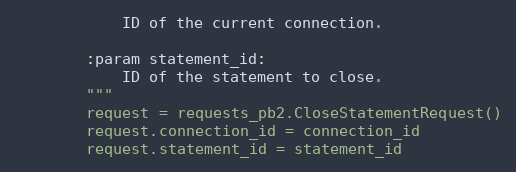
Language: Python
            ID of the current connection.

        :param statement_id:
            ID of the statement to close.
        """
        request = requests_pb2.CloseStatementRequest()
        request.connection_id = connection_id
        request.statement_id = statement_id